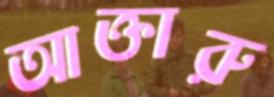
আক্তারু